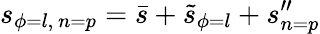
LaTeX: s_{\phi=l,\ n=p}=\bar{s}+\tilde{s}_{\phi=l}+s_{n=p}^{\prime\prime}